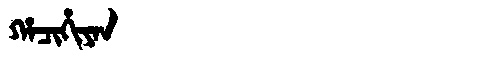
Manchu: ᡥᠠᠴᡳᡥᡳᠶᠠᠨ
Romanization: HACIHIYAN